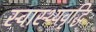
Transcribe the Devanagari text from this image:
स्वास्थ्यवृद्धि